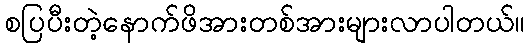
စပြပီးတဲ့နောက်ဖိအားတစ်အားများလာပါတယ်။